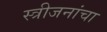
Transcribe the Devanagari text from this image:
स्त्रीजनांचा